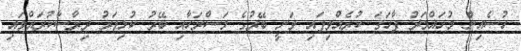
ހުސެއިން މުހައްމަދު ފާހަގަ ކުރެެއްވިފައި ވަނީ ބޭރުގެ މަސްރަހާއި ބޭރު ކުޅިވަރު ދިރާސާކުރައްވައި